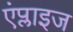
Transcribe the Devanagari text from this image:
एंप्लाइज